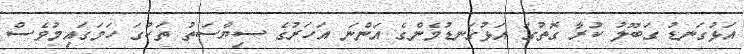
އަޅުގަނޑު ގަބޫލު ކުރާ ގޮތުގަ އަޅުގަނޑުމެންގެ އަންނަ އަހަރުގެ ސިޔާސަތު ތަކުގަ ހަމަގައިމުވެސް